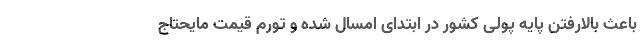
باعث بالارفتن پایه پولی کشور در ابتدای امسال شده و تورم قیمت مایحتاج